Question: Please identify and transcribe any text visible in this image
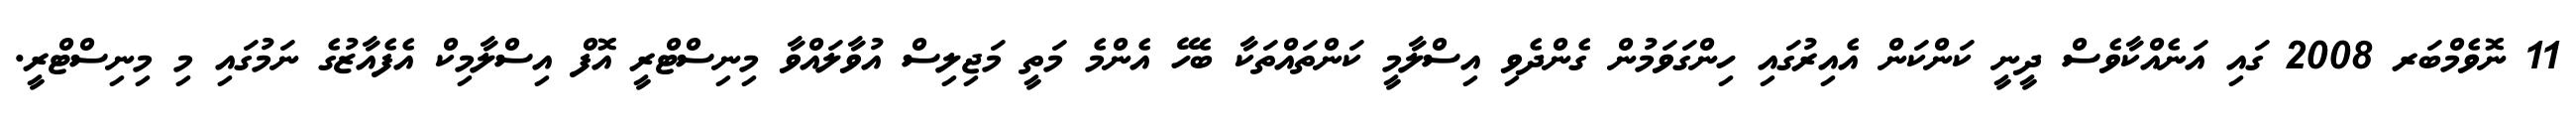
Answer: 11 ނޮވެމްބަރ 2008 ގައި އަނެއްކާވެސް ދީނީ ކަންކަން އެއިރުގައި ހިންގަވަމުން ގެންދެވި އިސްލާމީ ކަންތައްތަކާ ބެހޭ އެންމެ މަތީ މަޖިލިސް އުވާލައްވާ މިނިސްޓްރީ އޮފް އިސްލާމިކް އެފެއާޒުގެ ނަމުގައި މި މިނިސްޓްރީ.